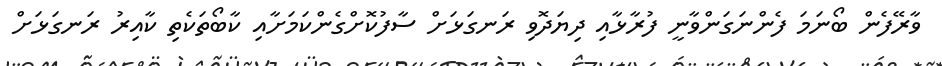
ވާރޭފެން ބޯނަމަ ފެންނަގަންވާނީ ފުރާޅާއި ދިޔަދޮވި ރަނގަޅަށް ސާފުކޮށްގެންކަމަށާއި ކާބޯތަކެތި ކާއިރު ރަނގަޅަށް